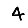
Digit: 4